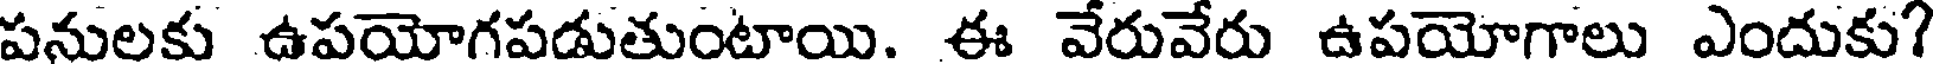
పనులకు ఉపయోగపడుతుంటాయి. ఈ వేరువేరు ఉపయోగాలు ఎందుకు?